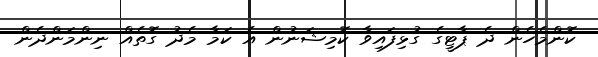
ކޮންމެހެން ދެ ޕާޓީގެ ގުޅިފައިވާ ކޮމިޝަނުން އެ ކަމާ މެދު ގޮތެއް ނިންމަންދެން